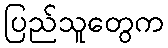
ပြည်သူတွေက